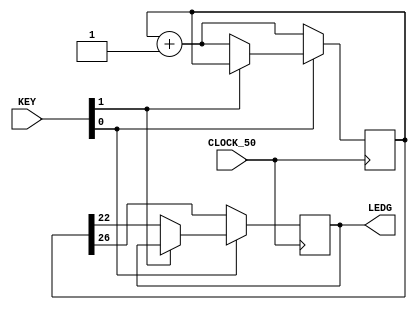
module Leds(
	input [1:0] KEY,
	input CLOCK_50,
	output [0:0] LEDG
);
	
	reg [26:0] counter;
	reg state;
	assign LEDG[0] = state;
	
always @(posedge CLOCK_50) begin
	
	if (KEY[0] == 0) begin
		counter <= counter + 1;
		state <= counter[26];
	end
		
	else if (KEY[1] == 0) begin
		counter <= counter + 1;
		state <= counter[22]; 
	end
end

endmodule